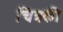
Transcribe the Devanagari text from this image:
चित्रकी